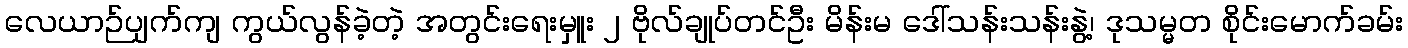
လေယာဉ်ပျက်ကျ ကွယ်လွန်ခဲ့တဲ့ အတွင်းရေးမှူး ၂ ဗိုလ်ချုပ်တင်ဦး မိန်းမ ဒေါ်သန်းသန်းနွဲ့၊ ဒုသမ္မတ စိုင်းမောက်ခမ်း